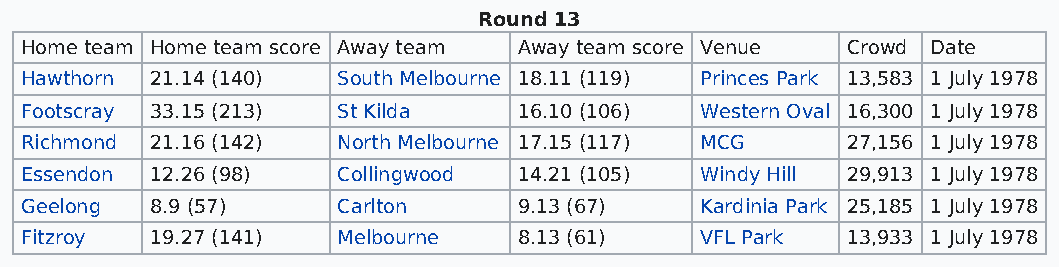
Round 13
 Home team Home team score Away team Away team score Venue Crowd Date
 Hawthorn 21.14 (140) South Melbourne 18.11 (119) Princes Park 13,583 1 July 1978
 Footscray 33.15 (213) St Kilda   16.10 (106) Western Oval 16,300 1 July 1978
 Richmond 21.16 (142) North Melbourne 17.15 (117) MCG   27,156 1 July 1978
 Essendon 12.26 (98)  Collingwood 14.21 (105) Windy Hill 29,913 1 July 1978
 Geelong  8.9 (57)    Carlton     9.13 (67)   Kardinia Park 25,185 1 July 1978
 Fitzroy  19.27 (141) Melbourne   8.13 (61)   VFL Park  13,933 1 July 1978